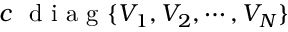
c ~ \mathrm { ~ d ~ i ~ a ~ g ~ } \{ V _ { 1 } , V _ { 2 } , \cdots , V _ { N } \}